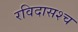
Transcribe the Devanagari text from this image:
रविदासश्च